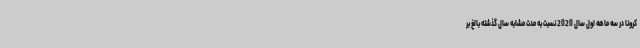
کرونا در سه ماهه اول سال 2020 نسبت به مدت مشابه سال گذشته بالغ بر